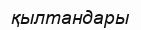
қылтандары